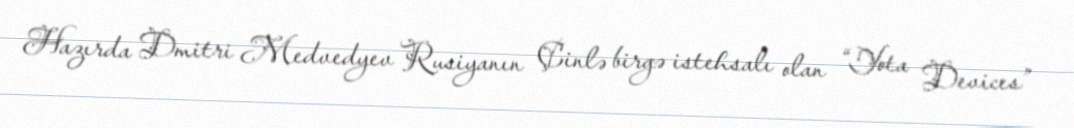
Hazırda Dmitri Medvedyev Rusiyanın Çinlə birgə istehsalı olan “Yota Devices”